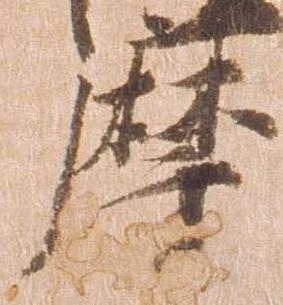
摩